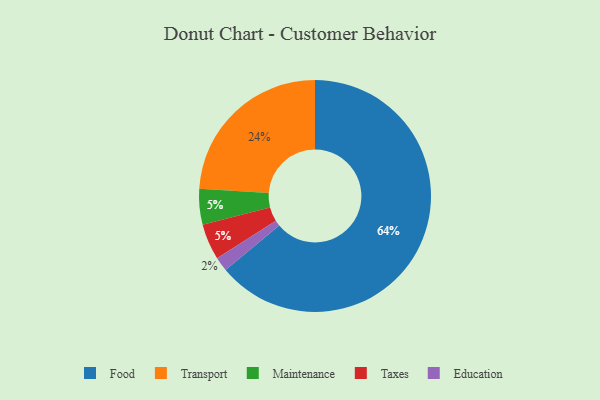
{"axis": {"x": "Category", "y": "Percentage"}, "legend": ["Education", "Food", "Maintenance", "Taxes", "Transport"], "data": [{"x": "Education", "y": 2, "type": "Education"}, {"x": "Maintenance", "y": 5, "type": "Maintenance"}, {"x": "Food", "y": 64, "type": "Food"}, {"x": "Transport", "y": 24, "type": "Transport"}, {"x": "Taxes", "y": 5, "type": "Taxes"}]}